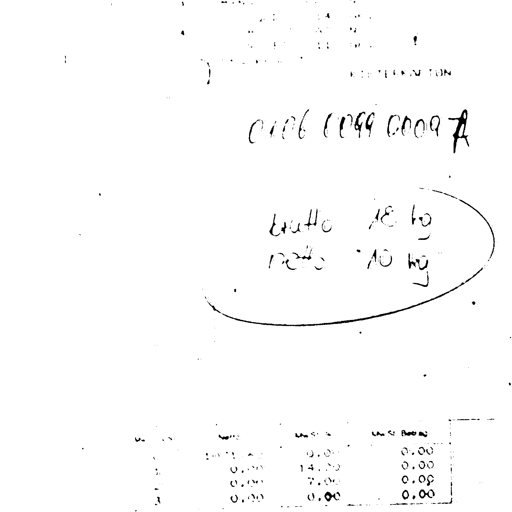
KIEFERNTON
0106 1099 0009 A
brutto 18 kg
netto 10 kg
Netto
MWSt %
MWSt Betrag
0.00
0.00
0.00
14.00
0.00
0.00
7.00
0.00
0.00
0.00
0.00